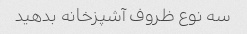
سه نوع ظروف آشپزخانه بدهید